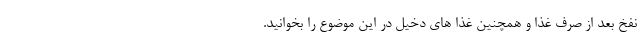
نفخ بعد از صرف غذا و همچنین غذا های دخیل در این موضوع را بخوانید.